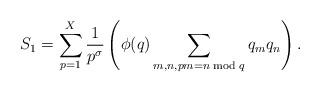
LaTeX: \begin{align*} S_{1} = \sum_{p=1}^{X}\frac{1}{p^{\sigma}} \left(\phi(q)\sum_{\substack{m,n, pm=n \bmod q}} q_m q_n \right).\end{align*}